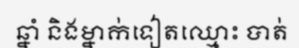
ឆ្នាំ និងម្នាក់ទៀតឈ្មោះ បាត់